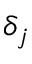
\delta _ { j }